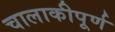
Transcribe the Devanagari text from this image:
चालाकीपूर्ण